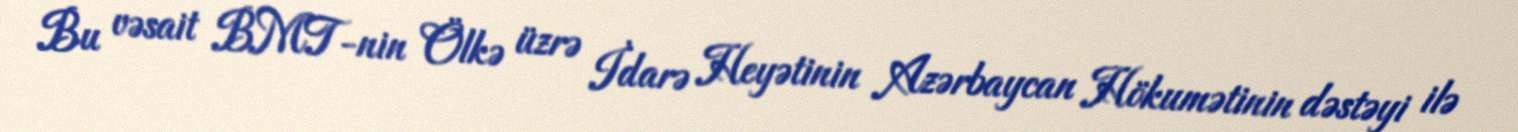
Bu vəsait BMT-nin Ölkə üzrə İdarə Heyətinin Azərbaycan Hökumətinin dəstəyi ilə